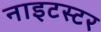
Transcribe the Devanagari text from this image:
नाइटस्टर